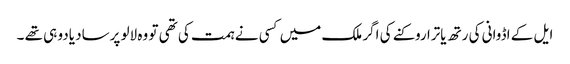
ایل کے اڈوانی کی رتھ یاترا روکنے کی اگر ملک میں کسی نے ہمت کی تھی تو وہ لالو پرساد یادو ہی تھے ۔